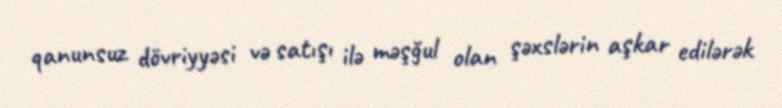
qanunsuz dövriyyəsi və satışı ilə məşğul olan şəxslərin aşkar edilərək